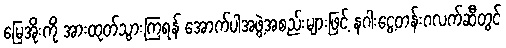
မြေအိုးကို အားထုတ်သွားကြရန် အောက်ပါအဖွဲ့အစည်းများဖြင့် နဂါးငွေ့တန်းဂလက်ဆီတွင်